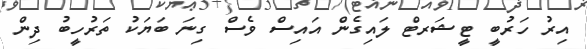
އިރު ހަރުބީ ޓީޝަރޓް ލައިގެން އައިސް ވެސް ގިނަ ބަޔަކު ތަރުހީބު ދިން